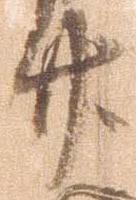
廿